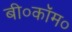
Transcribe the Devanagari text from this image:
बी०कॉम०